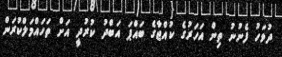
ދުވަހު ފެނުނު ތިން އަހަރުގެ ކުއްޖާގެ ބައްޕަ އަބްދު ކުރުދީ އަށް ތަހައްމަލްކުރަން